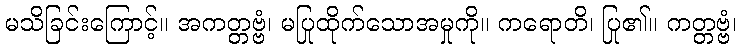
မသိခြင်းကြောင့်။ အကတ္တဗ္ဗံ၊ မပြုထိုက်သောအမှုကို။ ကရောတိ၊ ပြု၏။ ကတ္တဗ္ဗံ၊